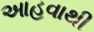
આહવાથી